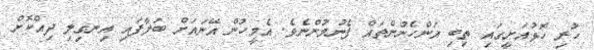
ހުރި ހޮޅުއަށީގައި ތިބި އަންހެނުންތައް ފެނުމުންނެވެ. އެމީހުން އޭނައަށް ބަލާފައި އިނގިލި ދިއްކޮށް